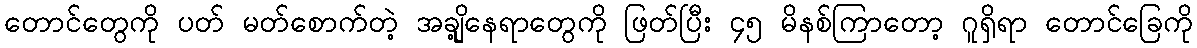
တောင်တွေကို ပတ် မတ်စောက်တဲ့ အချို့နေရာတွေကို ဖြတ်ပြီး ၄၅ မိနစ်ကြာတော့ ဂူရှိရာ တောင်ခြေကို